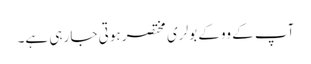
آپ کے ووکے بولری مختصر ہوتی جا رہی ہے۔